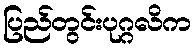
ပြည်တွင်းပုဂ္ဂလိက